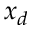
x _ { d }